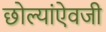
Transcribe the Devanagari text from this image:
छोल्यांऐवजी